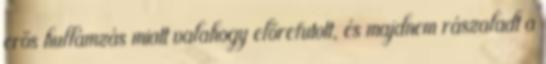
erős hullámzás miatt valahogy előrefutott, és majdnem rászaladt a